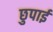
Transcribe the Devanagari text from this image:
छुपाई